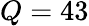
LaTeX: Q=43